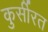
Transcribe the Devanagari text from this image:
कुर्सीरत